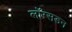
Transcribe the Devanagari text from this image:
लाॅग्सडन